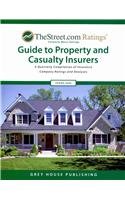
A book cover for TheStreet.com Ratings' Guide to Property and Casualty Insurers, Spring 2009: A Quarterly Compilation of Insurance Company Ratings and Analyses ... Guide to Property & Casualty Insurers); Business & Money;